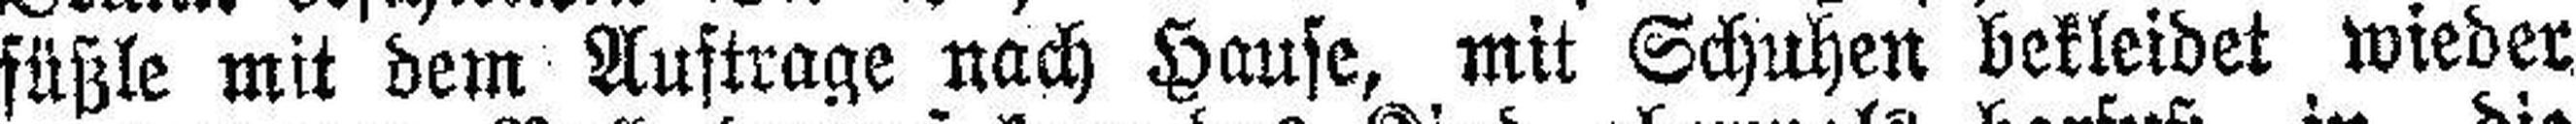
füßle mit dem Auftrage nach Hause, mit Schuhen bekleidet wieder